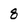
Character: 8